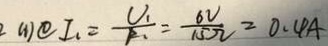
( 1 ) \textcircled { 1 } I _ { 1 } = \frac { U _ { 1 } } { R _ { 1 } } = \frac { 6 V } { 1 5 \Omega } = 0 . 4 A